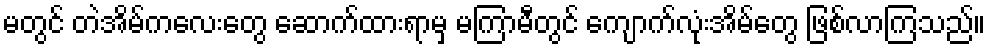
မတွင် တဲအိမ်ကလေးတွေ ဆောက်ထားရာမှ မကြာမီတွင် ကျောက်လုံးအိမ်တွေ ဖြစ်လာကြသည်။